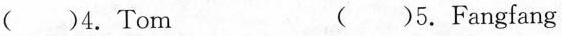
( )4.Tom ( )5.Fangfang